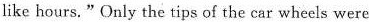
like hours."Only the tips of the car wheels were